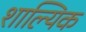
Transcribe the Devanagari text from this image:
शाल्यिक